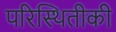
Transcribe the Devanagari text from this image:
परिस्थितीकी